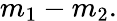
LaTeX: m_{1}-m_{2}.